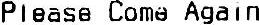
PLEASE COME AGAIN